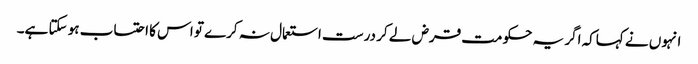
انہوں نے کہاکہ اگر یہ حکومت قرض لے کر درست استعمال نہ کرے تو اس کا احتساب ہو سکتا ہے۔